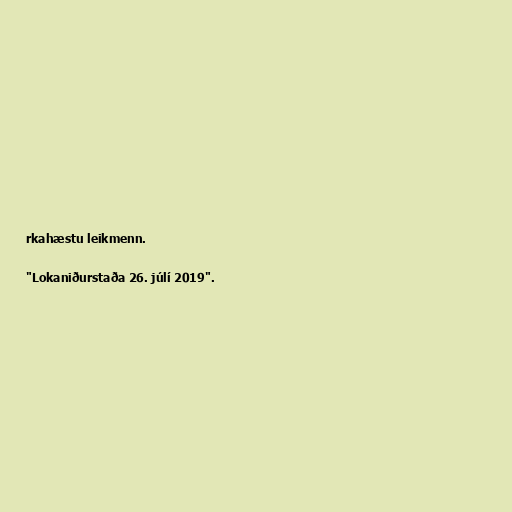
rkahæstu leikmenn.

"Lokaniðurstaða 26. júlí 2019".